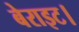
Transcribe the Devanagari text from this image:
बेराइट।